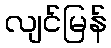
လျင်မြန်